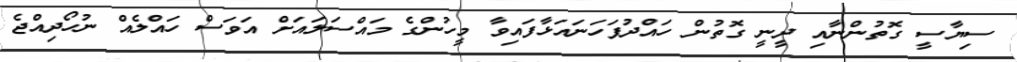
ސިޔާސީ ގޮތުންނާއި ދީނީ ގޮތުން ހައްދުފަހަނައަޅާފައިވާ މީހުންގެ މައްސަލައަށް އަވަސް ހައްލެއް ނުހޯދިއްޖެ